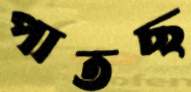
পাতছ